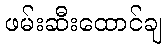
ဖမ်းဆီးထောင်ချ